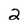
Character: 2